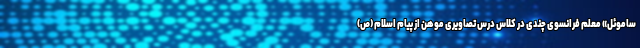
ساموئل» معلم فرانسوی چندی در کلاس درس تصاویری موهن از پیام اسلام (ص)